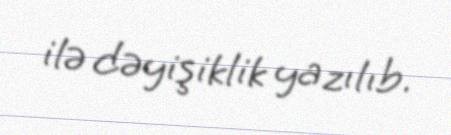
ilə dəyişiklik yazılıb.